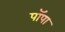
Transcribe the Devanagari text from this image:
पॉपा